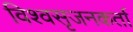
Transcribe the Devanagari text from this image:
विश्वसृजनकर्ता